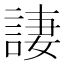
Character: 𫌿